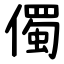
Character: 㒔